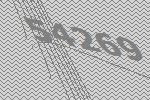
54269